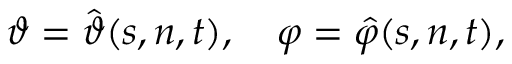
\vartheta = \hat { \vartheta } ( s , n , t ) , \quad \varphi = \hat { \varphi } ( s , n , t ) ,